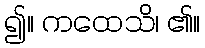
၍။ ကထေသိ၊ ၏။